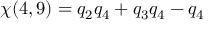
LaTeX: \chi ( 4 , 9 ) = q _ { 2 } q _ { 4 } + q _ { 3 } q _ { 4 } - q _ { 4 }